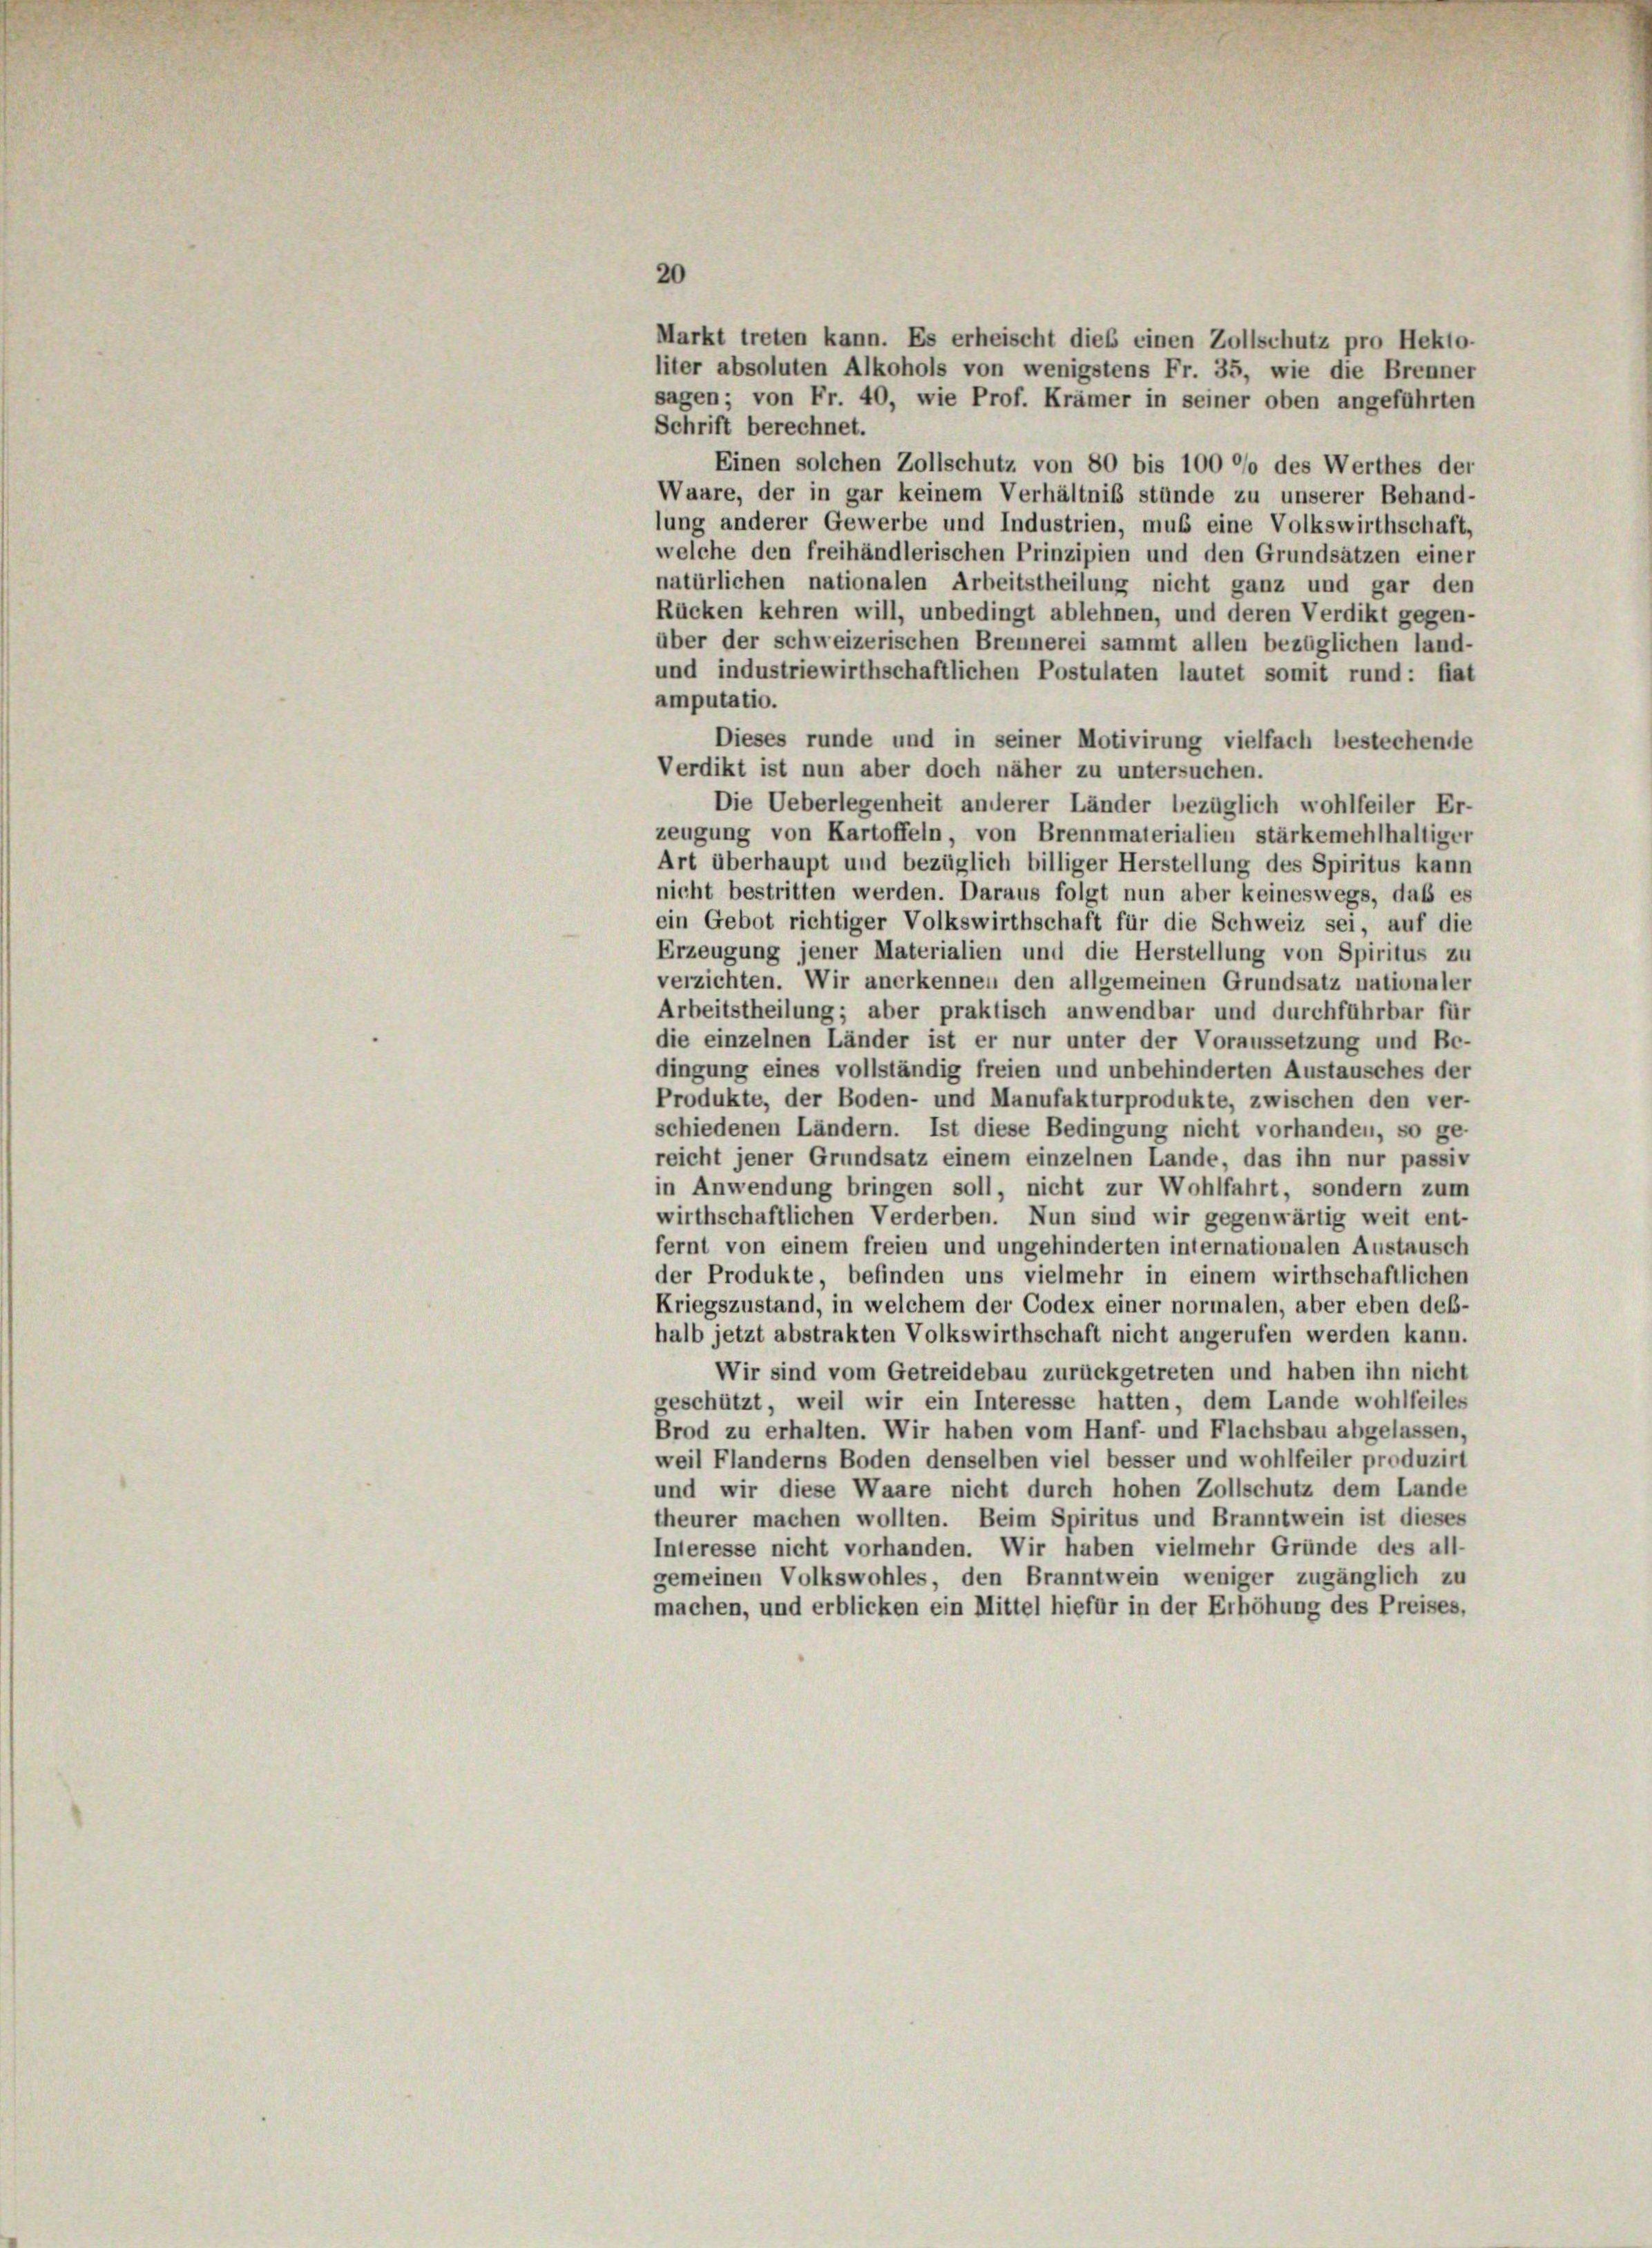
Verdikt ist nun aber doch näher zu untersuchen.
Die Ueberlegenheit anderer Länder bezüglich wohlfeiler Er-
zeugung von Kartoffeln, von Brennmaterialien stärkemehlhaltiger
Art überhaupt und bezüglich billiger Herstellung des Spiritus kann
nicht bestritten werden. Daraus folgt nun aber keineswegs, daß es
ein Gebot richtiger Volkswirthschaft für die Schweiz sei, auf die
Erzeugung jener Materialien und die Herstellung von Spiritus zu
verzichten. Wir anerkennen den allgemeinen Grundsatz nationaler
Arbeitstheilung; aber praktisch anwendbar und durchführbar für
die einzelnen Länder ist er nur unter der Voraussetzung und Be-
dingung eines vollständig freien und unbehinderten Austausches der
Produkte, der Boden- und Manufakturprodukte, zwischen den ver-
schiedenen Ländern. Ist diese Bedingung nicht vorhanden, so ge-
reicht jener Grundsatz einem einzelnen Lande, das ihn nur passiv
in Anwendung bringen soll, nicht zur Wohlfahrt, sondern zum
wirthschaftlichen Verderben. Nun sind wir gegenwärtig weit ent-
fernt von einem freien und ungehinderten internationalen Austausch
der Produkte, befinden uns vielmehr in einem wirthschaftlichen
Kriegszustand, in welchem der Codex einer normalen, aber eben deß-
halb jetzt abstrakten Volkswirthschaft nicht angerufen werden kann.
Wir sind vom Getreidebau zurückgetreten und haben ihn nicht
geschützt, weil wir ein Interesse hatten, dem Lande wohlfeiles
Brod zu erhalten. Wir haben vom Hanf- und Flachsbau abgelassen,
weil Flanderns Boden denselben viel besser und wohlfeiler produzirt
und wir diese Waare nicht durch hohen Zollschutz dem Lande
theurer machen wollten. Beim Spiritus und Branntwein ist dieses
Interesse nicht vorhanden. Wir haben vielmehr Gründe des all-
gemeinen Volkswohles, den Branntwein weniger zugänglich zu
machen, und erblicken ein Mittel hiefür in der Erhöhung des Preises,

Markt treten kann. Es erheischt dies einen Zollschutz pro Hekto-
liter absoluten Alkohols von wenigstens Fr. 35, wie die Brenner
sagen; von Fr. 40, wie Prof. Krämer in seiner oben angeführten
Schrift berechnet.
Einen solchen Zollschutz von 80 bis 100 % des Werthes der
Waare, der in gar keinem Verhältniß stünde zu unserer Behand-
lung anderer Gewerbe und Industrien, muß eine Volkswirthschaft,
welche den freihändlerischen Prinzipien und den Grundsätzen einer
natürlichen nationalen Arbeitstheilung nicht ganz und gar den
Rücken kehren will, unbedingt ablehnen, und deren Verdikt gegen-
über der schweizerischen Brennerei sammt allen bezüglichen land-
und industriewirthschaftlichen Postulaten lautet somit rund: fiat
amputatio.
Dieses runde und in seiner Motivirung vielfach bestechende

20